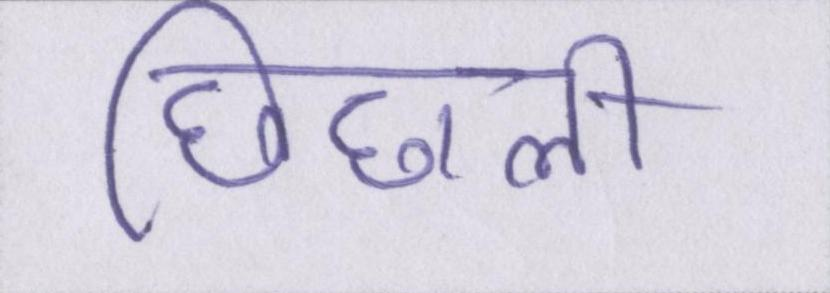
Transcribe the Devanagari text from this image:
छिछली